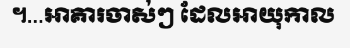
។...អាគារចាស់ៗ ដែលអាយុកាល